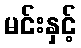
မင်းနှင့်